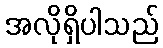
အလိုရှိပါသည်